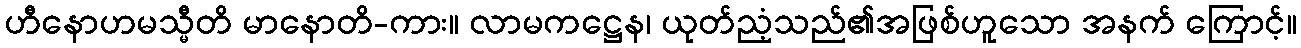
ဟီနောဟမသ္မီတိ မာနောတိ-ကား။ လာမကဋ္ဌေန၊ ယုတ်ညံ့သည်၏အဖြစ်ဟူသော အနက် ကြောင့်။